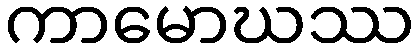
ကာမောဃဿ